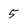
Character: 5